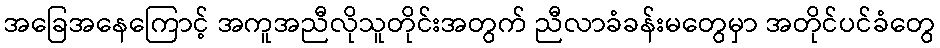
အခြေအနေကြောင့် အကူအညီလိုသူတိုင်းအတွက် ညီလာခံခန်းမတွေမှာ အတိုင်ပင်ခံတွေ